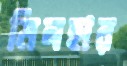
মিনহার